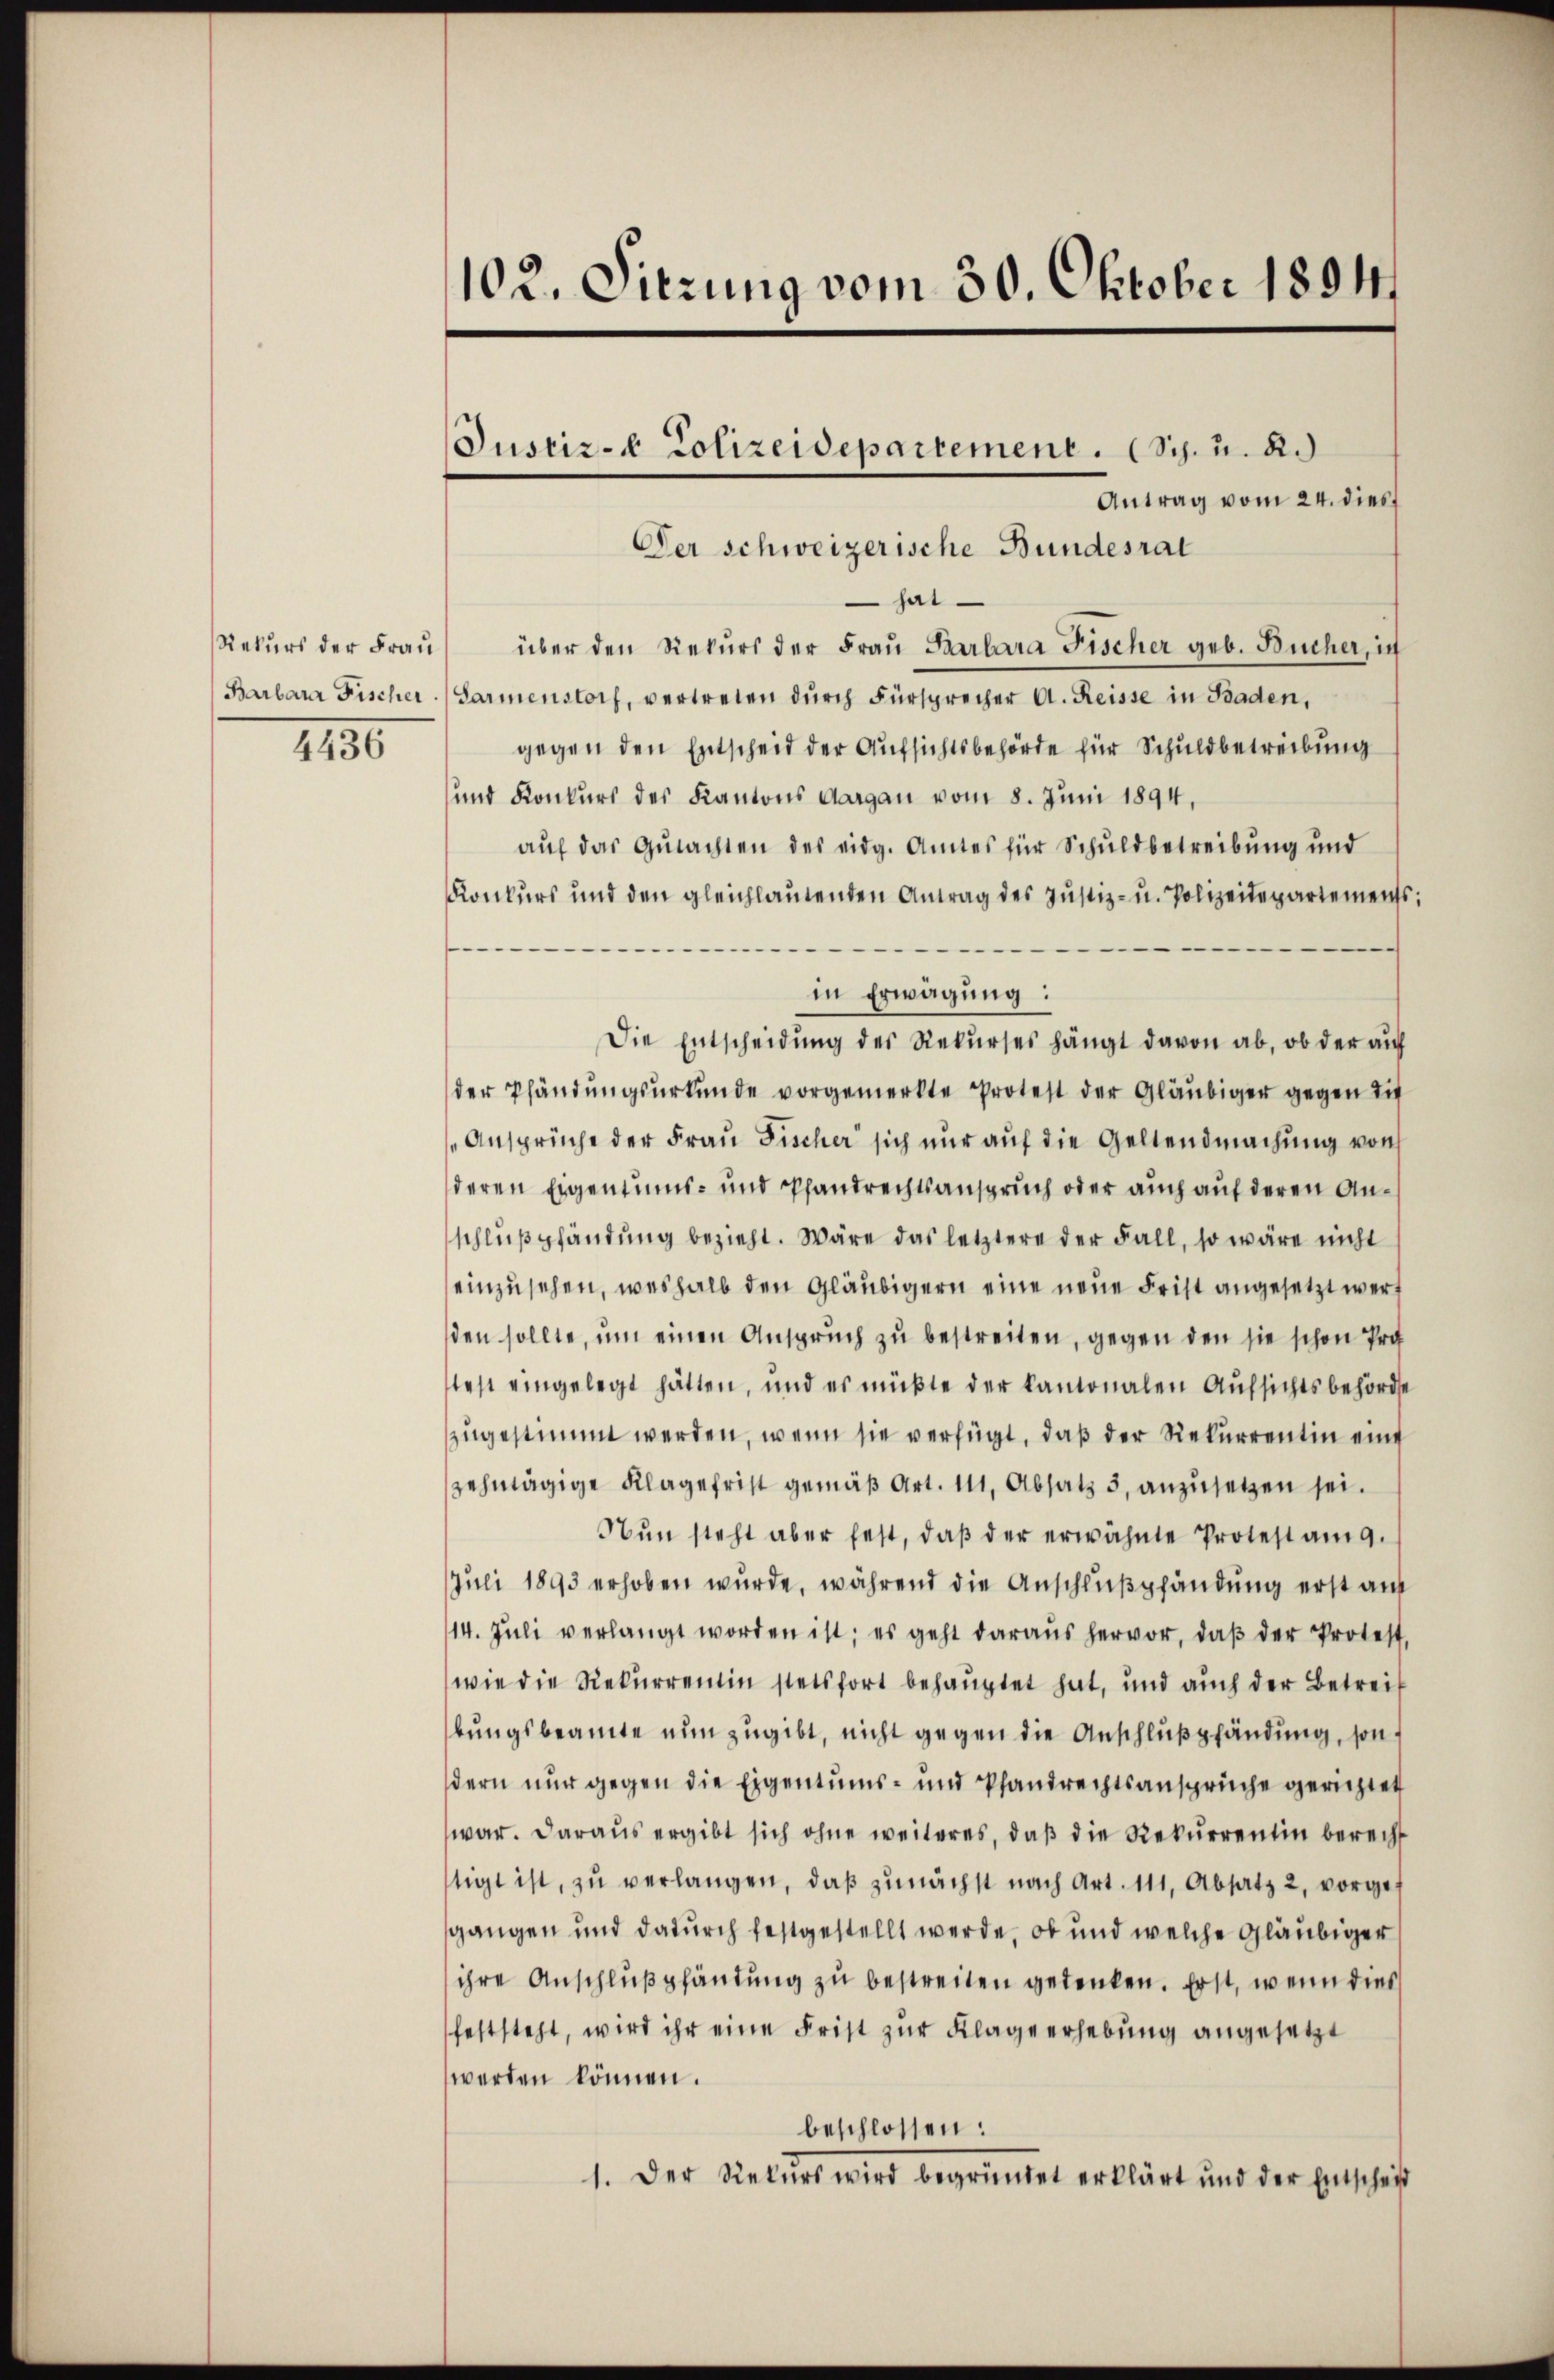
Rekurs der Frau
1156

102. Sitzung vom 30. Oktober 1894.

Justiz- & Polizeidepartement. (Sch. u. R.)

Antrag vom 24. dies
Der schweizerische Bundesrat
hat.
über den Rekurs der Frau Barbara Fischer geb. Bücher, in
Barbara Fischer Sarmenstorf, vertreten dŭrch Fürsprecher A. Reisse in Kaden,
gegen den Entscheid der Aufsichtsbehörde für Schuldbetreibung
und Konkurs des Kantons Aargau vom 8. Juni 1894,
auf das Gutachten des eidg. Amtes für Schuldbetreibung und
Konkurs und den gleichlautenden Antrag des Justiz- u. Polizeidepartements:
in Erwägung:
Die Entscheidung des Rekurses hängt davon ab, ob der auf
der Pfändungsurkunde vorgemerkte Protest der Gläubiger gegen die
Ansprüche der Frau Fischer sich nur auf die Geltendmachung von
deren Eigentums- und Pfandrechtsanspruch oder auch auf deren Anschlŭβpfändung bezieht. Wäre das letztere der Fall, so wäre nicht
einzusehen, weshalb den Gläubigern eine neue Frist angesetzt werd
den sollte, um einen Anspruch zu bestreiten, gegen den sie schon Pro
test eingelegt hätten, und es müßte der kantonalen Aufsichtsbehörde
zugestimmt werden, wenn sie verfügt, daß der Rekurrentin eine
zehntägige Klagefrist gemäß Art. 111, Absatz 3, anzusetzen sei.
Nŭn steht aber fest, daβ der erwähnte Protestag.
Juli 1893 erhoben wurde, während die Anschlußpfändung erst auf
14. Jŭli verlangt worden ist; es geht daraus hervor, daβ der Protest,
wie die Rekurrentin stetsfort behauptet hat, und auch der Betreif
bungsbeamte nun zugibt, nicht gegen die Anschlußpfändung, sondern nur gegen die Eigentums- und Pfandrechtsansprüche gerichtet
war. Daraus ergibt sich ohne weiteres, daβ die Rekurrentin berecht
tigt ist, zu verlangen, daß zunächst nach Art. 111, Absatz 2, vorge
sgangen und dadurch festgestellt werde, ob und welche Gläubiger
ihre Anschlußpfändung zu bestreiten gedenken. Erst, wenn dies
feststeht, wird ihr eine Frist zur Kläge erhebung angesetzt
werden können.
beschlossen:
1. Der Rekŭrs wird begründet erklärt und der Entscheit